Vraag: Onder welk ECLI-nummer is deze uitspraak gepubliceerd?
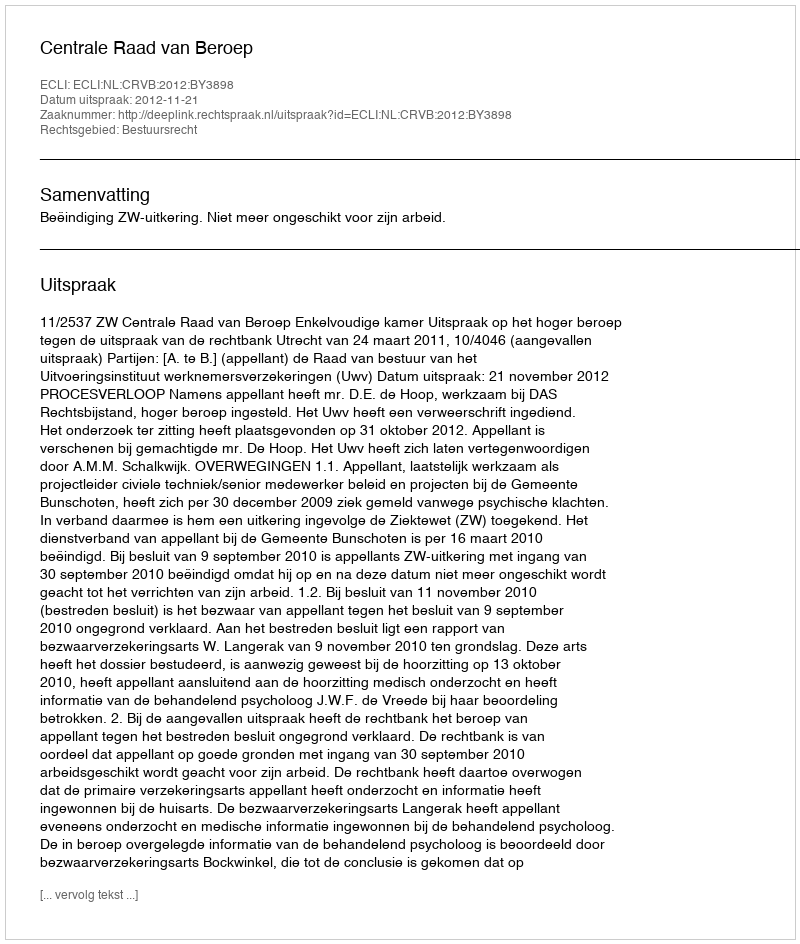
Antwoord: ECLI:NL:CRVB:2012:BY3898